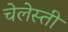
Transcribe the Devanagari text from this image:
चेलेस्ती